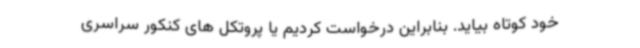
خود کوتاه بیاید. بنابراین درخواست کردیم یا پروتکل های کنکور سراسری